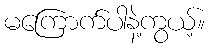
မကြောက်ပါနဲ့ကွယ့်။